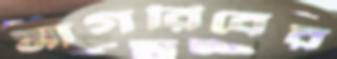
মাগরিবের